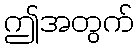
ဤအတွက်